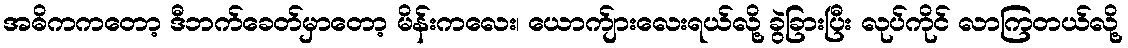
အဓိကကတော့ ဒီဘက်ခေတ်မှာတော့ မိန်းကလေး၊ ယောက်ျားလေးရယ်လို့ ခွဲခြားပြီး လုပ်ကိုင် လာကြတယ်လို့